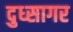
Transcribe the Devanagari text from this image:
दुध्सागर